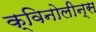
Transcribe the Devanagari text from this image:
क्विनोलीन्स